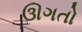
ઊગતો